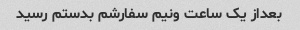
بعداز یک ساعت ونیم سفارشم بدستم رسید